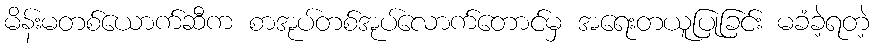
မိန်းမတစ်ယောက်ဆီက စာအုပ်တစ်အုပ်လောက်တောင်မှ အရေးတယူပြုခြင်း မခံခဲ့ရတဲ့